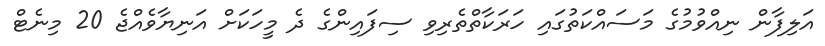
އަލިފާން ނިއްވުމުގެ މަސައްކަތުގައި ހަރަކާތްތެރިވި ސިފައިންގެ ދެ މީހަކަށް އަނިޔާވެއްޖެ 20 މިނެޓް